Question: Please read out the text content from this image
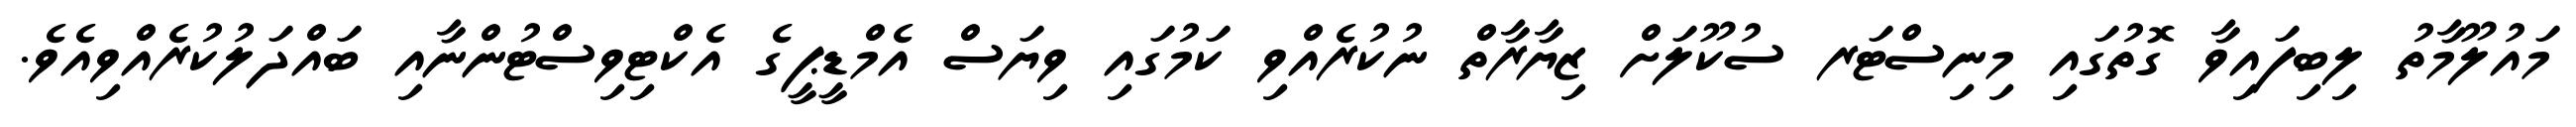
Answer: މައުލޫމާތު ލިބިފައިވާ ގޮތުގައި މިނިސްޓަރ ސުކޫލަށް ޒިޔާރާތް ނުކުރެއްވި ކަމުގައި ވިޔަސް އެމްޑީޕީގެ އެކްޓިވިސްޓުންނާއި ބައްދަލުކުރެއްވިއެވެ.